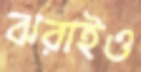
ঝরাইও